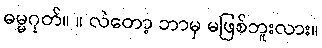
ဓမ္မဂုတ်။ ။ လဲတော့ ဘာမှ မဖြစ်ဘူးလား။